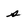
Character: s